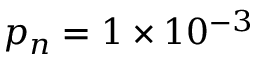
p _ { n } = 1 \times 1 0 ^ { - 3 }